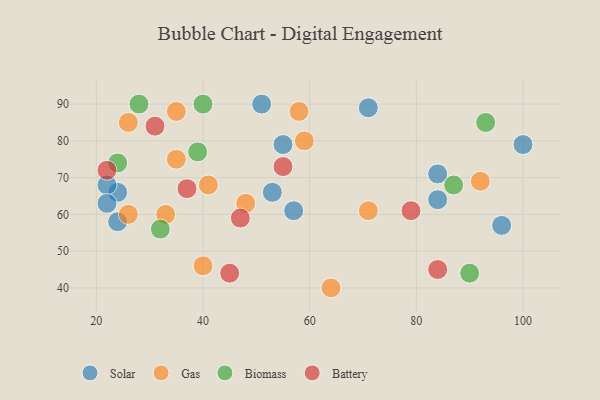
{"axis": {"x": "GDP", "y": "Life Expectancy"}, "legend": ["Battery", "Biomass", "Gas", "Solar"], "data": [{"x": "96", "y": 57, "type": "Solar"}, {"x": "84", "y": 71, "type": "Solar"}, {"x": "24", "y": 66, "type": "Solar"}, {"x": "84", "y": 64, "type": "Solar"}, {"x": "51", "y": 90, "type": "Solar"}, {"x": "71", "y": 89, "type": "Solar"}, {"x": "53", "y": 66, "type": "Solar"}, {"x": "22", "y": 68, "type": "Solar"}, {"x": "22", "y": 63, "type": "Solar"}, {"x": "55", "y": 79, "type": "Solar"}, {"x": "100", "y": 79, "type": "Solar"}, {"x": "24", "y": 58, "type": "Solar"}, {"x": "57", "y": 61, "type": "Solar"}, {"x": "35", "y": 75, "type": "Gas"}, {"x": "40", "y": 46, "type": "Gas"}, {"x": "26", "y": 85, "type": "Gas"}, {"x": "33", "y": 60, "type": "Gas"}, {"x": "59", "y": 80, "type": "Gas"}, {"x": "64", "y": 40, "type": "Gas"}, {"x": "92", "y": 69, "type": "Gas"}, {"x": "26", "y": 60, "type": "Gas"}, {"x": "71", "y": 61, "type": "Gas"}, {"x": "48", "y": 63, "type": "Gas"}, {"x": "58", "y": 88, "type": "Gas"}, {"x": "41", "y": 68, "type": "Gas"}, {"x": "35", "y": 88, "type": "Gas"}, {"x": "32", "y": 56, "type": "Biomass"}, {"x": "40", "y": 90, "type": "Biomass"}, {"x": "39", "y": 77, "type": "Biomass"}, {"x": "90", "y": 44, "type": "Biomass"}, {"x": "87", "y": 68, "type": "Biomass"}, {"x": "24", "y": 74, "type": "Biomass"}, {"x": "93", "y": 85, "type": "Biomass"}, {"x": "28", "y": 90, "type": "Biomass"}, {"x": "55", "y": 73, "type": "Battery"}, {"x": "79", "y": 61, "type": "Battery"}, {"x": "84", "y": 45, "type": "Battery"}, {"x": "31", "y": 84, "type": "Battery"}, {"x": "45", "y": 44, "type": "Battery"}, {"x": "37", "y": 67, "type": "Battery"}, {"x": "47", "y": 59, "type": "Battery"}, {"x": "22", "y": 72, "type": "Battery"}]}